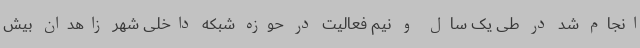
انجام شد در طی یک سال و نیم فعالیت در حوزه شبکه داخلی شهر زاهدان بیش